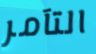
التآمر